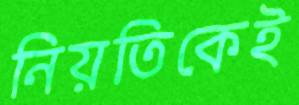
নিয়তিকেই